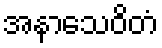
အနာသေဝိတံ